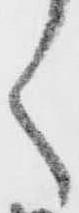
く